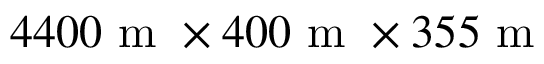
4 4 0 0 \mathrm { ~ m ~ } \times 4 0 0 \mathrm { ~ m ~ } \times 3 5 5 \mathrm { ~ m ~ }